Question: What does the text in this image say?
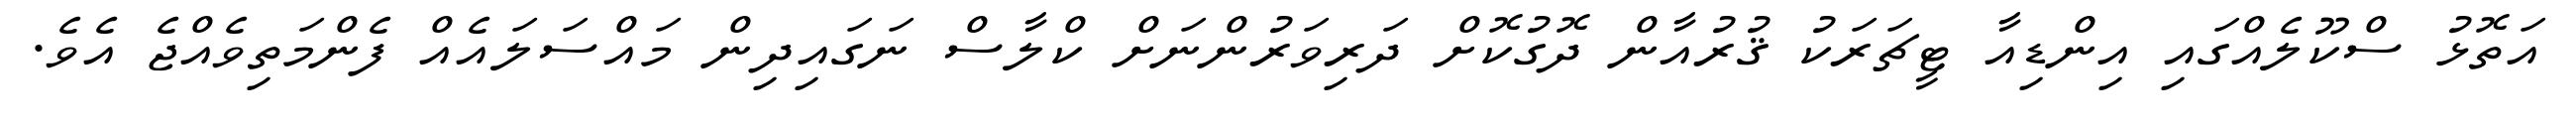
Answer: އަތޮޅު ސްކޫލެއްގައި އިންޑިއާ ޓީޗަރަކު ޤުރުއާން ދޮގުކޮށް ދަރިވަރުންނަށް ކްލާސް ނަގައިދިން މައްސަލައެއް ފެންމަތިވެއްޖެ އެވެ.